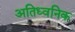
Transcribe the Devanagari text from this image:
अतिध्वनिक